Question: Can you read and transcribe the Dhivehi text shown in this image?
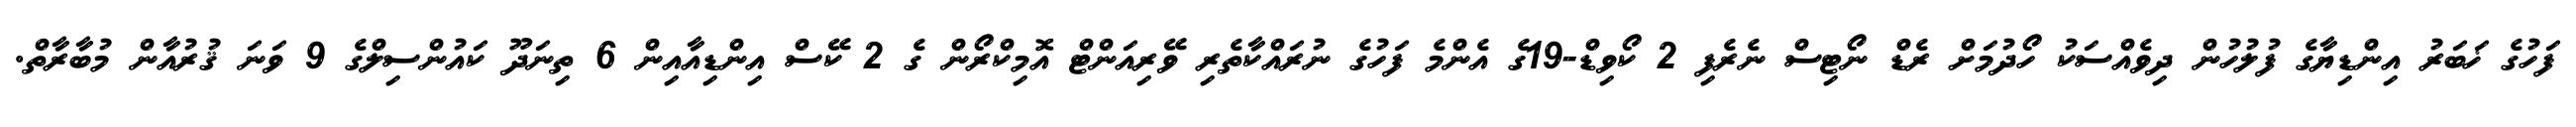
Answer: ފަހުގެ ޚަބަރު އިންޑިޔާގެ ފުލުހުން ދިވެއްސަކު ހޯދުމަށް ރެޑް ނޯޓިސް ނެރެފި 2 ކޯވިޑް-19ގެ އެންމެ ފަހުގެ ނުރައްކާތެރި ވޭރިއަންޓް އޮމިކްރޯން ގެ 2 ކޭސް އިންޑިއާއިން 6 ތިނަދޫ ކައުންސިލްގެ 9 ވަނަ ޤުރުއާން މުބާރާތް.